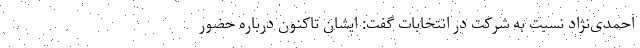
احمدی‌نژاد نسبت به شرکت در انتخابات گفت: ایشان تاکنون درباره حضور